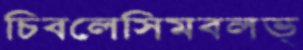
চিবলেসিমবলভ্